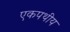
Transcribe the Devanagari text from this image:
एकपथीय